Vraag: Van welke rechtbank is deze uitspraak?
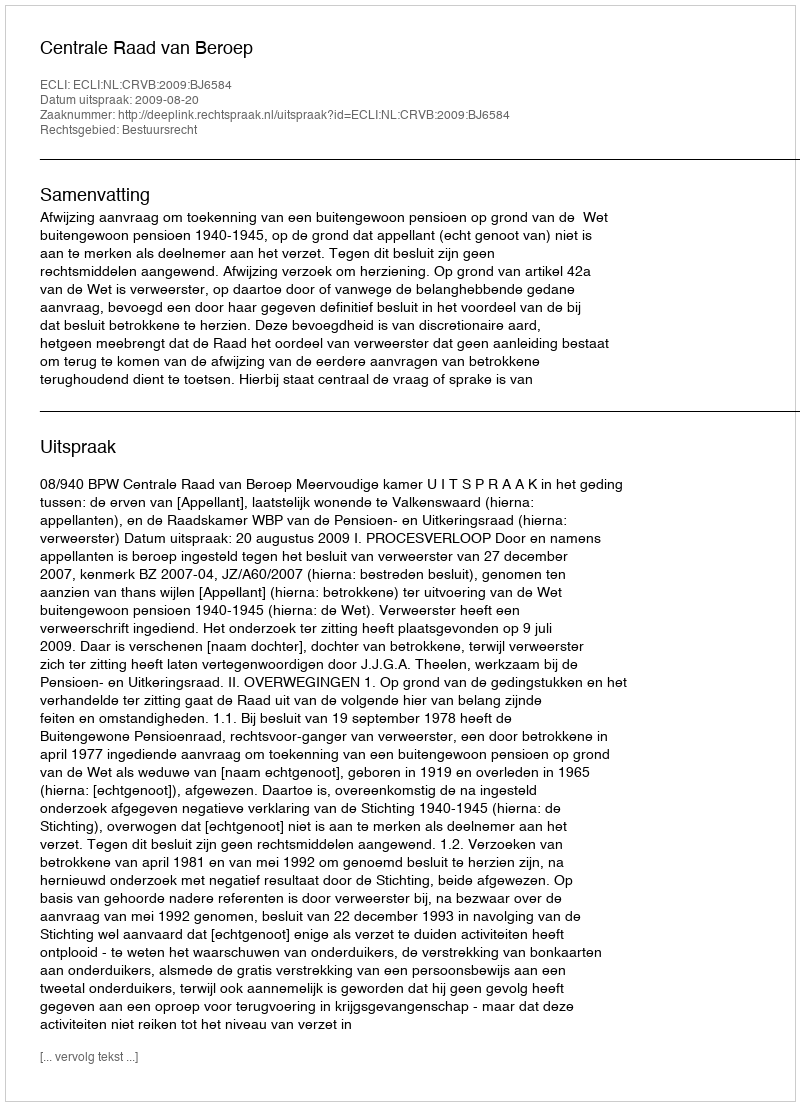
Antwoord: Centrale Raad van Beroep